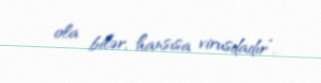
ola bilər, hansısa virusdadır”.